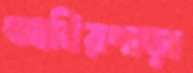
আবিরপাড়া